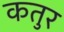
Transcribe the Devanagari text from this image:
कतुर